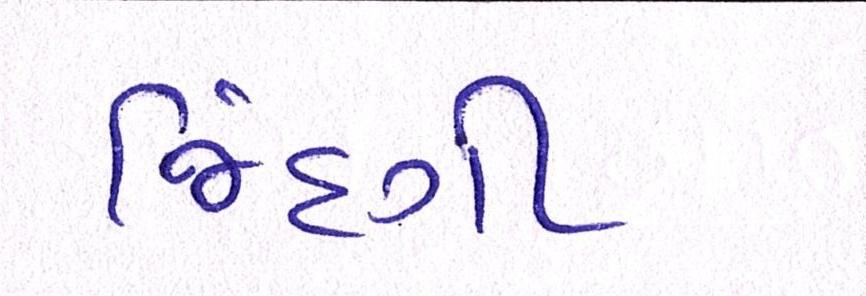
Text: જિંદગી